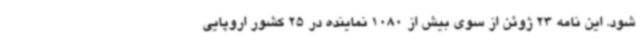
شود. این نامه 23 ژوئن از سوی بیش از 1080 نماینده در 25 کشور اروپایی